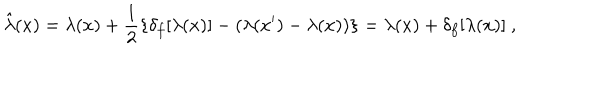
LaTeX: \hat { \lambda } ( x ) = \lambda ( x ) + \frac { 1 } { 2 } \{ \delta _ { f } [ \lambda ( x ) ] - ( \lambda ( x ^ { \prime } ) - \lambda ( x ) ) \} = \lambda ( x ) + \delta _ { f } [ \lambda ( x ) ] ~ ,